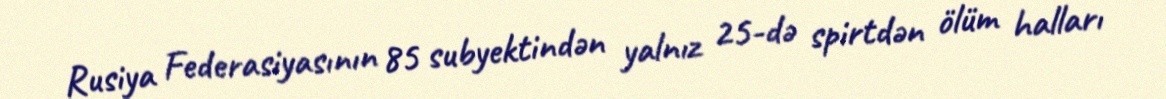
Rusiya Federasiyasının 85 subyektindən yalnız 25-də spirtdən ölüm halları